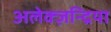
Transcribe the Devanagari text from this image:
अलेक्ज़न्द्रिया